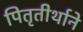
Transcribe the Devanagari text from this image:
पितृतीर्थाने